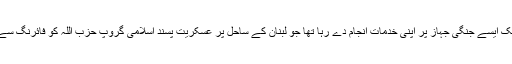
ناصر کے مطابق وہ جرمن نیوی کے ایک ایسے جنگی جہاز پر اپنی خدمات انجام دے رہا تھا جو لبنان کے ساحل پر عسکریت پسند اسلامی گروپ حزب اللہ کو فائرنگ سے باز رکھنے کے لیے گشت کر رہا تھا۔